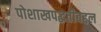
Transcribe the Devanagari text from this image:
पोशाखपद्धतीबद्दल